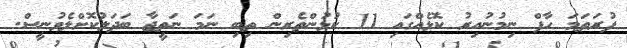
ފުރަތަމަ ހާފް ނިމުނުއިރު ކޮޅެއްގައި 11 ކުޅުންތެރިން ތިބި ނަމަ ނަތީޖާ ބަދަލުކޮށްލެވުނީސް.